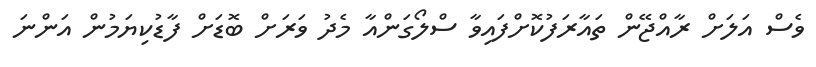
ވެސް އަލަށް ރާއްޖޭން ތައާރަފުކޮށްފައިވާ ސްލޯގަންއާ މެދު ވަރަށް ބޮޑަށް ފާޑުކިޔަމުން އަންނަ